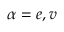
\alpha = e , v